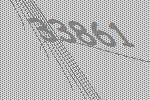
33861